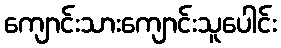
ကျောင်းသားကျောင်းသူပေါင်း